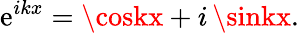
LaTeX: \mathrm{e}^{ikx}=\coskx+i\, \sinkx.